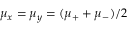
\mu _ { x } = \mu _ { y } = ( \mu _ { + } + \mu _ { - } ) / 2